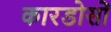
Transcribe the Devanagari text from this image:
कारडोसों